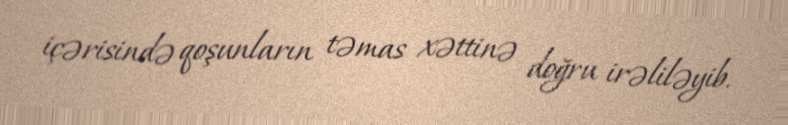
içərisində qoşunların təmas xəttinə doğru irəliləyib.